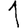
Digit: 1